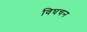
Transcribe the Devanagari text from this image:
विघचन